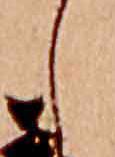
し